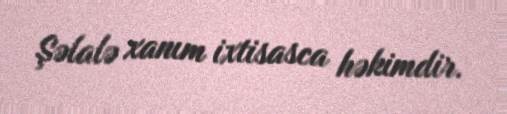
Şəlalə xanım ixtisasca həkimdir.